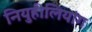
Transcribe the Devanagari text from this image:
नियुहीलियांग